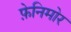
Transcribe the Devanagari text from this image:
फ़ेनिमोर